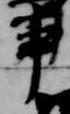
事